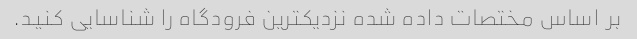
بر اساس مختصات داده شده نزدیکترین فرودگاه را شناسایی کنید.